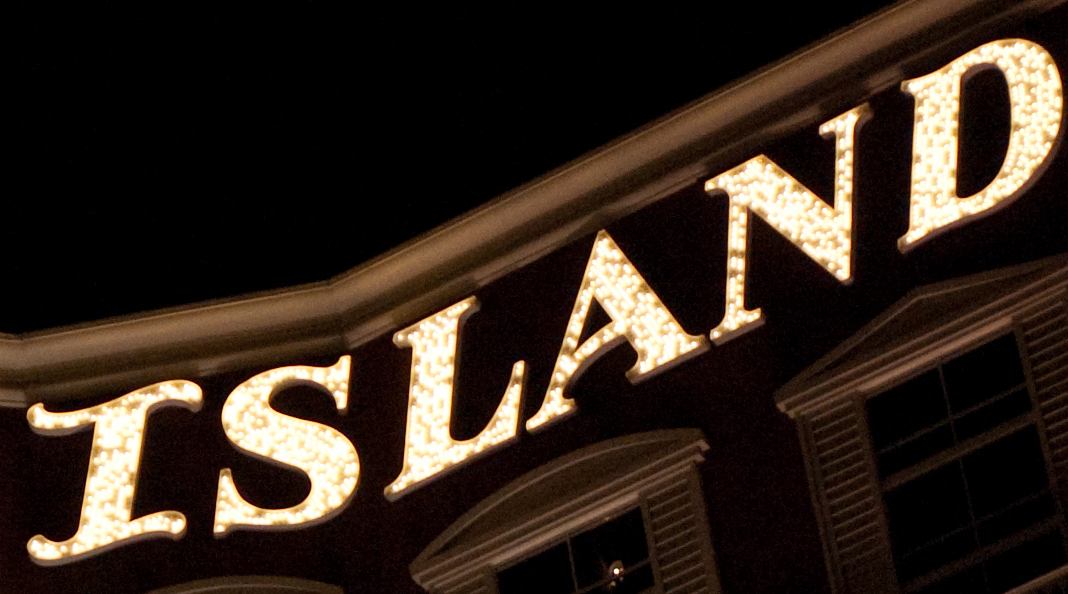
ISLAND